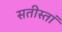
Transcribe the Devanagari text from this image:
सतीस्तां